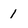
Character: 1